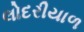
લોદરીયાળ